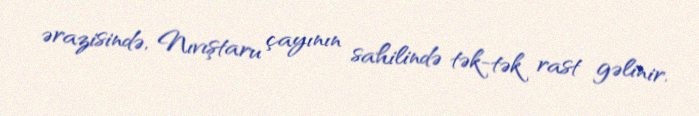
ərazisində, Nıvıştaru çayının sahilində tək-tək rast gəlinir.